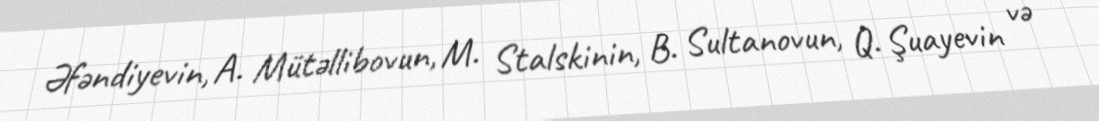
Əfəndiyevin, A. Mütəllibovun, M. Stalskinin, B. Sultanovun, Q. Şuayevin və